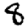
Digit: 8